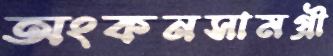
অংকনসামগ্রী